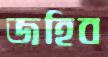
জহিব